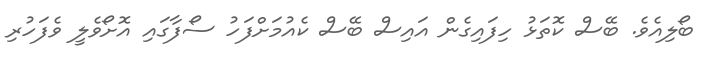
ބޯލިއެވެ. ބޭސް ކޮތަޅު ހިފައިގެން އައިސް ބޭސް ކެއުމަށްފަހު ސޯފާގައި އޮށޯވެލީ ވެފަހުރި